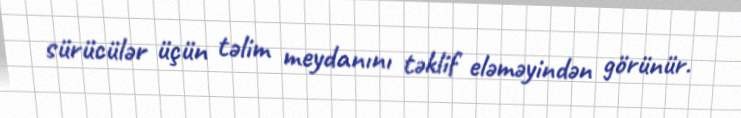
sürücülər üçün təlim meydanını təklif eləməyindən görünür.